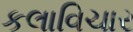
કલાવિચાર